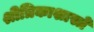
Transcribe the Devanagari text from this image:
श्रीत्रिकाशास्त्रे